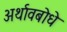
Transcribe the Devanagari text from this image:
अर्थावबोधे